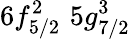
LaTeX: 6f_{5/2}^{2}\, \, 5g_{7/2}^{3}